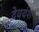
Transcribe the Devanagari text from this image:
देववंश